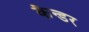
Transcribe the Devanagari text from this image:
कैन्डर